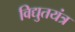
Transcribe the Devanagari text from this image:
विद्युतयंत्र